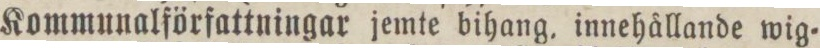
Kommunalförfattningar jemte bihang, innehållande wig=